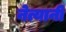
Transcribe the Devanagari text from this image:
नेत्यानी